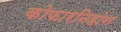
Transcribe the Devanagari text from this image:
कोफारनिहोन